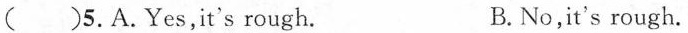
( )5. A. Yes,it's rough. B. No,it's rough.